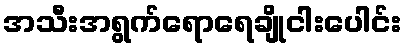
အသီးအရွက်ရောရေချိုငါးပေါင်း